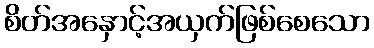
စိတ်အနှောင့်အယှက်ဖြစ်စေသော